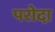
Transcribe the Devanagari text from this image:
परोदा